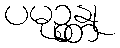
ပမုဉ္စန္တု